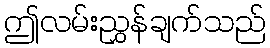
ဤလမ်းညွှန်ချက်သည်